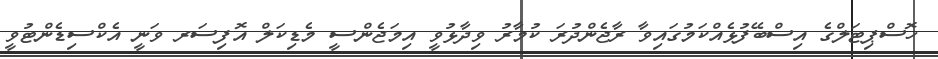
ހޮސްޕިޓަލްގެ އިސްބޭފުޅެއްކަމުގައިވާ ރާޖެންދުރަ ކުމާރު ވިދާޅުވީ އިމަޖެންސީ މެޑިކަލް އޮފިސަރ ވަނީ އެކްސިޑެންޓުވީ